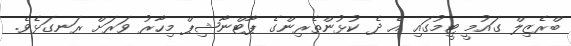
ބްރެޒިލް ގައުމީ ޓީމުގައި އެ ދެ ކުޅުންތެރިންގެ ޕާޓްނާޝިޕް މިހާރު ވަރަށް ރަނގަޅެވެ.